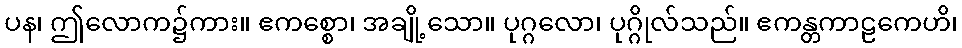
ပန၊ ဤလောက၌ကား။ ဧကစ္စော၊ အချို့သော။ ပုဂ္ဂလော၊ ပုဂ္ဂိုလ်သည်။ ဧကန္တကာဠကေဟိ၊